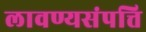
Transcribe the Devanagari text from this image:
लावण्यसंपत्ति